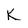
Character: K